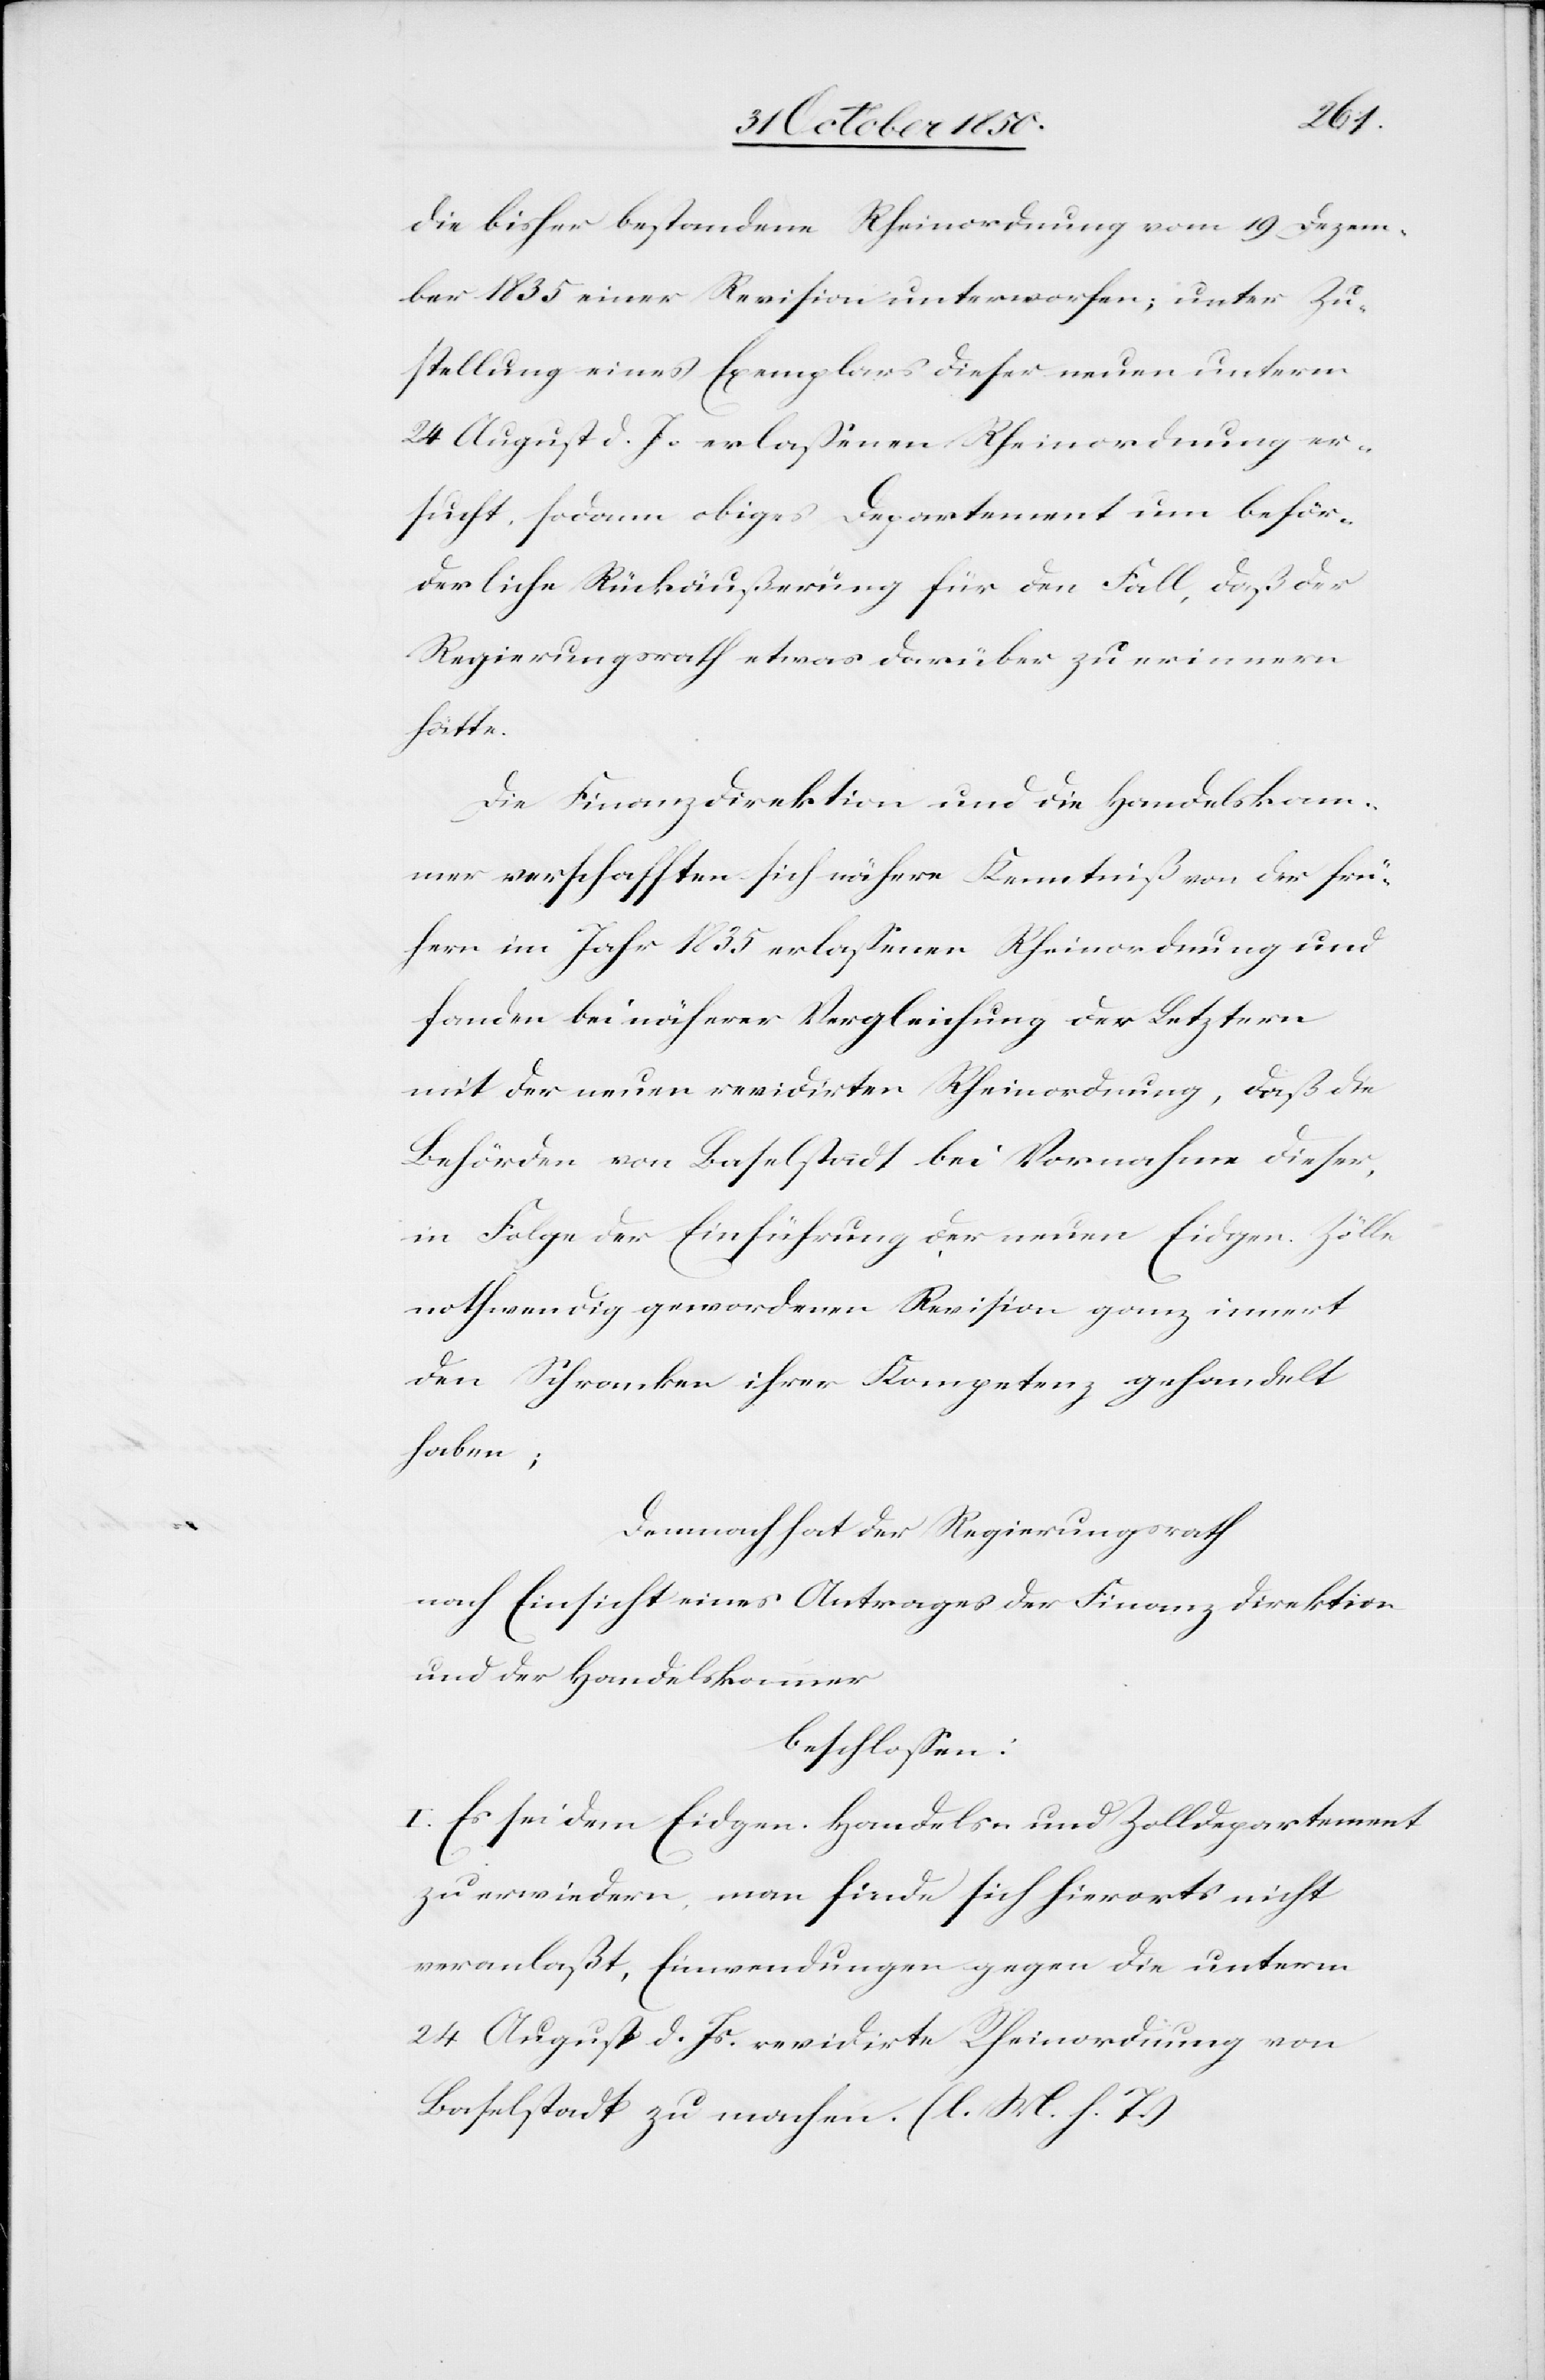
die bisher bestandene Rheinordnung vom 19 Dezem¬
ber 1835 einer Revision unterworfen; unter Zu¬
stellung eines Exemplars dieser neuen unterm
24 August d. Js. erlassenen Rheinordnung er¬
sucht, sodann obiges Departement um beför¬
derliche Rückäußerung für den Fall, daß der
Regierungsrath etwas darüber zu erinnern
hätte.
Die Finanzdirektion und die Handelskam¬
mer verschafften sich nähere Kenntniß von der frü¬
hern im Jahr 1835 erlassenen Rheinordnung und
fanden bei näherer Vergleichung der Letztern
mit der neuen revidirten Rheinordnung, daß die
Behörden von Baselstadt bei Vornahme dieser,
in Frage der Einführung der neuen Eidgen. Zölle
nothwendig gewordenen Revision ganz innert
den Schranken ihrer Kompetenz gehandelt
haben;
Demnach hat der Regierungsrath
nach Einsicht eines Antrages der Finanzdirektion
und der Handelskammer
beschlossen:
I. Es sei dem Eidgen. Handels- und Zolldepartement
zu erwiedern, man finde sich hierorts nicht
veranlaßt, Einwendungen gegen die unterm
24 August d. Js. revidirte Rheinordnung von
Baselstadt zu machen. (l. M. h. T.)